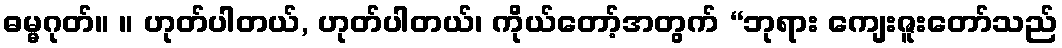
ဓမ္မဂုတ်။ ။ ဟုတ်ပါတယ်, ဟုတ်ပါတယ်၊ ကိုယ်တော့်အတွက် “ဘုရား ကျေးဇူးတော်သည်